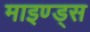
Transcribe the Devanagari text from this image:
माइण्ड्स